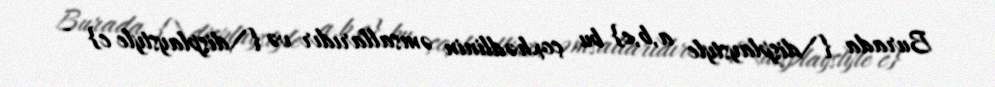
Burada {\displaystyle a,b,c} bu çoxhədlinin əmsallarıdır və {\displaystyle c} -